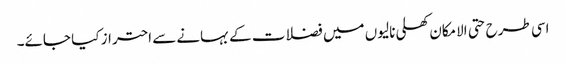
اسی طرح حتی الامکان کھلی نالیوں میں فضلات کے بہانے سے احتراز کیا جائے۔